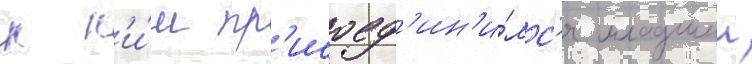
к н'и́м пр'исоед'ин'и́лс'я младшии